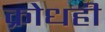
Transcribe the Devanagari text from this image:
क्रोधही